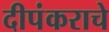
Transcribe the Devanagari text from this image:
दीपंकराचे